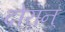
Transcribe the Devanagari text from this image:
दोरान्